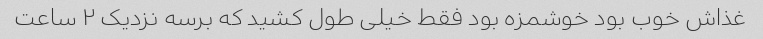
غذاش خوب بود خوشمزه بود فقط خیلی طول کشید که برسه نزدیک ۲ ساعت